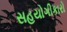
સહયોગીકારો